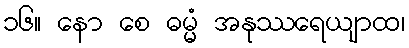
၁၆။ နော စေ ဓမ္မံ အနုဿရေယျာထ၊